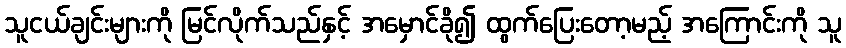
သူငယ်ချင်းများကို မြင်လိုက်သည်နှင့် အမှောင်ခို၍ ထွက်ပြေးတော့မည့် အကြောင်းကို သူ